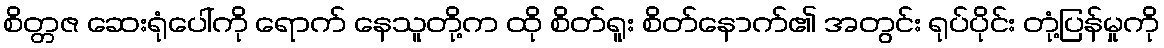
စိတ္တဇ ဆေးရုံပေါ်ကို ရောက် နေသူတို့က ထို စိတ်ရူး စိတ်နောက်၏ အတွင်း ရုပ်ပိုင်း တုံ့ပြန်မှုကို